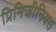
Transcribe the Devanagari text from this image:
प्रिमिजीनियस